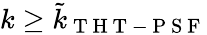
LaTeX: k\geq\tilde{k}_{\mathrm{~T~H~T~-~P~S~F~}}